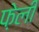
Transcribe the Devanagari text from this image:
फ़ेली